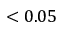
< 0 . 0 5